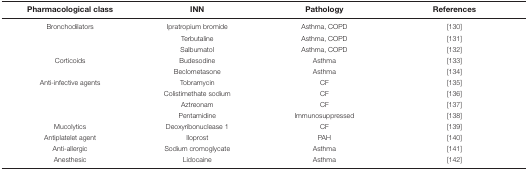
<table><thead><tr><td><b>Pharmacological class</b></td><td><b>INN</b></td><td><b>Pathology</b></td><td><b>References</b></td></tr></thead><tbody><tr><td>Bronchodilators</td><td>Ipratropium bromide</td><td>Asthma, COPD</td><td>[130]</td></tr><tr><td></td><td>Terbutaline</td><td>Asthma, COPD</td><td>[131]</td></tr><tr><td></td><td>Salbumatol</td><td>Asthma, COPD</td><td>[132]</td></tr><tr><td>Corticoids</td><td>Budesodine</td><td>Asthma</td><td>[133]</td></tr><tr><td></td><td>Beclometasone</td><td>Asthma</td><td>[134]</td></tr><tr><td>Anti-infective agents</td><td>Tobramycin</td><td>CF</td><td>[135]</td></tr><tr><td></td><td>Colistimethate sodium</td><td>CF</td><td>[136]</td></tr><tr><td></td><td>Aztreonam</td><td>CF</td><td>[137]</td></tr><tr><td></td><td>Pentamidine</td><td>Immunosuppressed</td><td>[138]</td></tr><tr><td>Mucolytics</td><td>Deoxyribonuclease 1</td><td>CF</td><td>[139]</td></tr><tr><td>Antiplatelet agent</td><td>Iloprost</td><td>PAH</td><td>[140]</td></tr><tr><td>Anti-allergic</td><td>Sodium cromoglycate</td><td>Asthma</td><td>[141]</td></tr><tr><td>Anesthesic</td><td>Lidocaine</td><td>Asthma</td><td>[142]</td></tr></tbody></table>